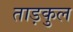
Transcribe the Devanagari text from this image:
ताड़कुल